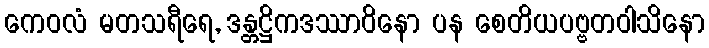
ကေဝလံ မတသရီရေ, ဒန္တဋ္ဌိကဒဿာဝိနော ပန စေတိယပဗ္ဗတဝါသိနော